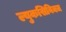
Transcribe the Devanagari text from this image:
ल्युकसिविक्ज